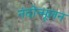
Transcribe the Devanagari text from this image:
नंदोन्मूलन